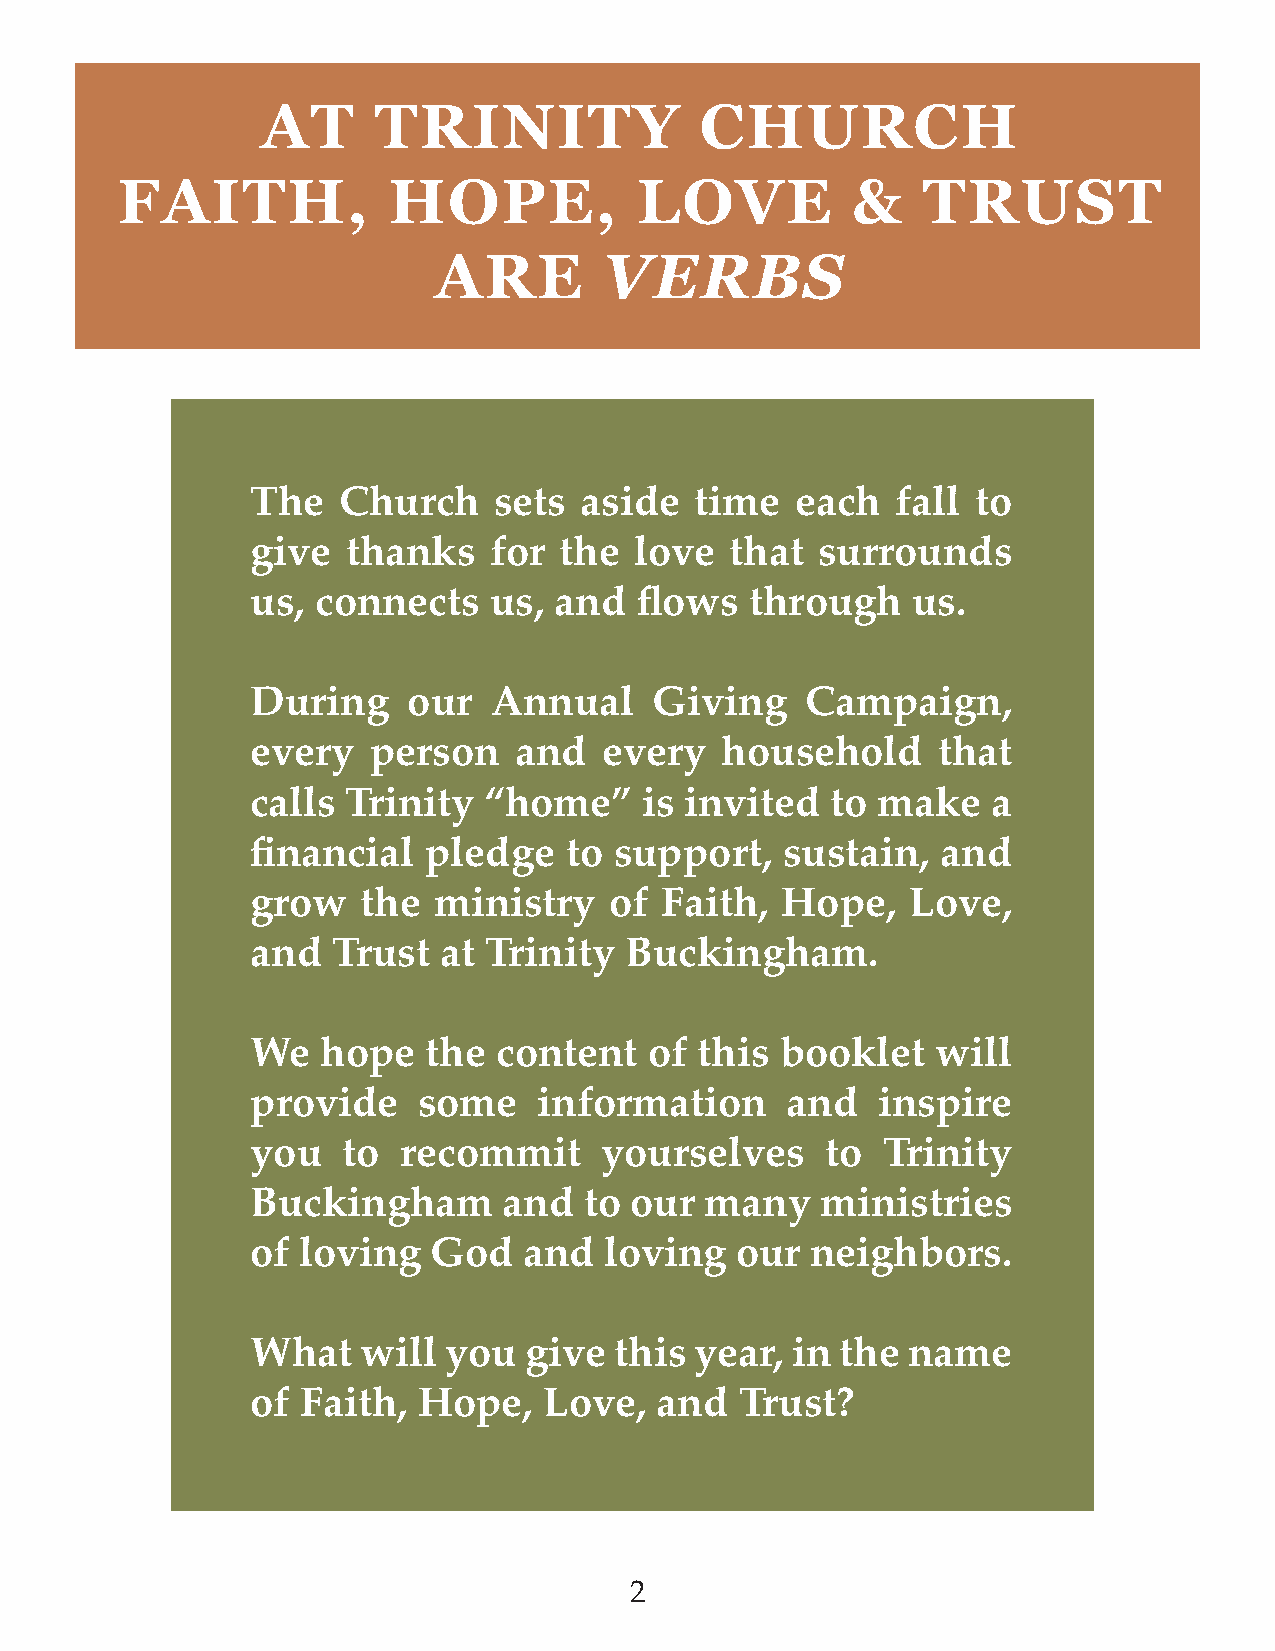
AT      TRINITY              CHURCH
 FAITH,            HOPE,           LOVE          &    TRUST
 ARE        VERBS
 The  Church     sets aside   time   each  fall  to
 give  thanks   for  the  love  that  surrounds
 us, connects   us,  and  flows   through   us.
 During    our  Annual     Giving    Campaign,
 every  person    and   every   household     that
 calls Trinity  “home”     is invited  to make    a
 financial  pledge   to  support,   sustain,  and
 grow   the  ministry   of  Faith,  Hope,   Love,
 and  Trust  at Trinity  Buckingham.
 We  hope   the  content   of this  booklet   will
 provide    some    information     and   inspire
 you   to recommit      yourselves     to Trinity
 Buckingham      and   to our  many   ministries
 of loving   God   and  loving   our  neighbors.
 What   will you   give  this year, in  the name
 of Faith,  Hope,   Love,  and   Trust?
 2